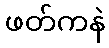
ဖတ်ကနဲ